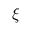
\xi